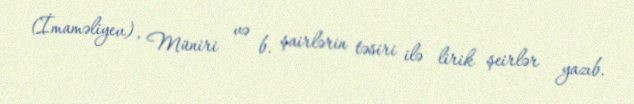
(İmaməliyev), Müniri və b. şairlərin təsiri ilə lirik şeirlər yazıb.